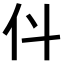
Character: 𠆱